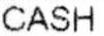
CASH